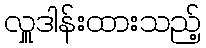
လှူဒါန်းထားသည့်